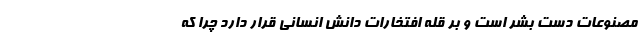
مصنوعات دست بشر است و بر قله افتخارات دانش انسانی قرار دارد چرا که